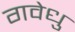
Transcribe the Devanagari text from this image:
गवेधु